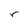
Character: r